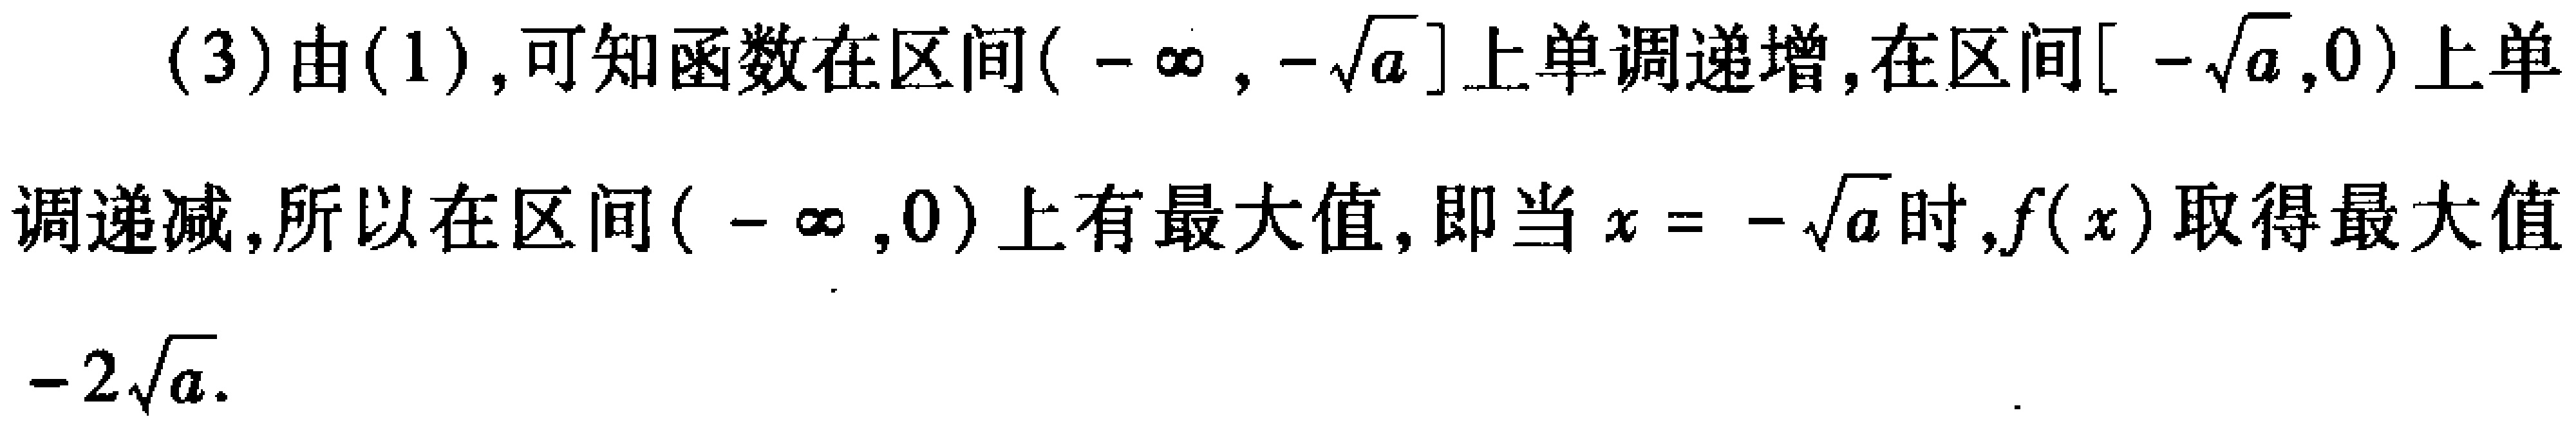
(3)由(1),可知函数在区间\((-\infty,-\sqrt{a}]\)上单调递增,在区间\([-\sqrt{a},0)\)上单调递减,所以在区间\((-\infty,0)\)上有最大值,即当\(x = -\sqrt{a}\)时,\(f(x)\)取得最大值\(-2\sqrt{a}\).